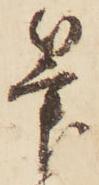
筆